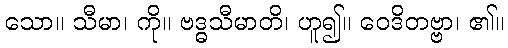
သော။ သီမာ၊ ကို။ ဗဒ္ဓသီမာတိ၊ ဟူ၍။ ဝေဒိတဗ္ဗာ၊ ၏။